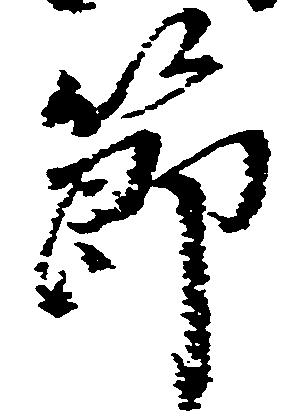
節